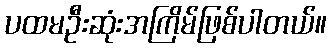
ပထမဦးဆုံးအကြိမ်ဖြစ်ပါတယ်။